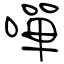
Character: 嘽